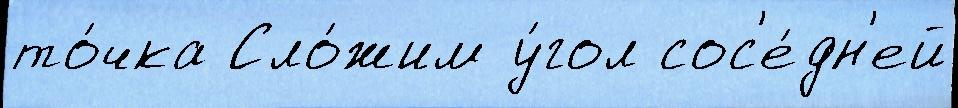
то́чка Сло́жим у́гол сос'е́дн'ей